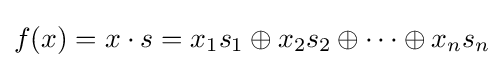
f(x)=x\cdot s=x_{1}s_{1}\oplus x_{2}s_{2}\oplus \cdots \oplus x_{n}s_{n}